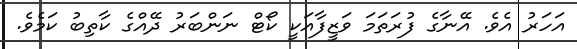
އަހަރު އެވެ. އޭނާގެ ފުރަތަމަ ވަޒީފާއަކީ ކޯޓް ނަންބަރު ދޭއްގެ ކާތިބު ކަމެވެ.